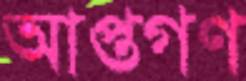
আপ্তগণ